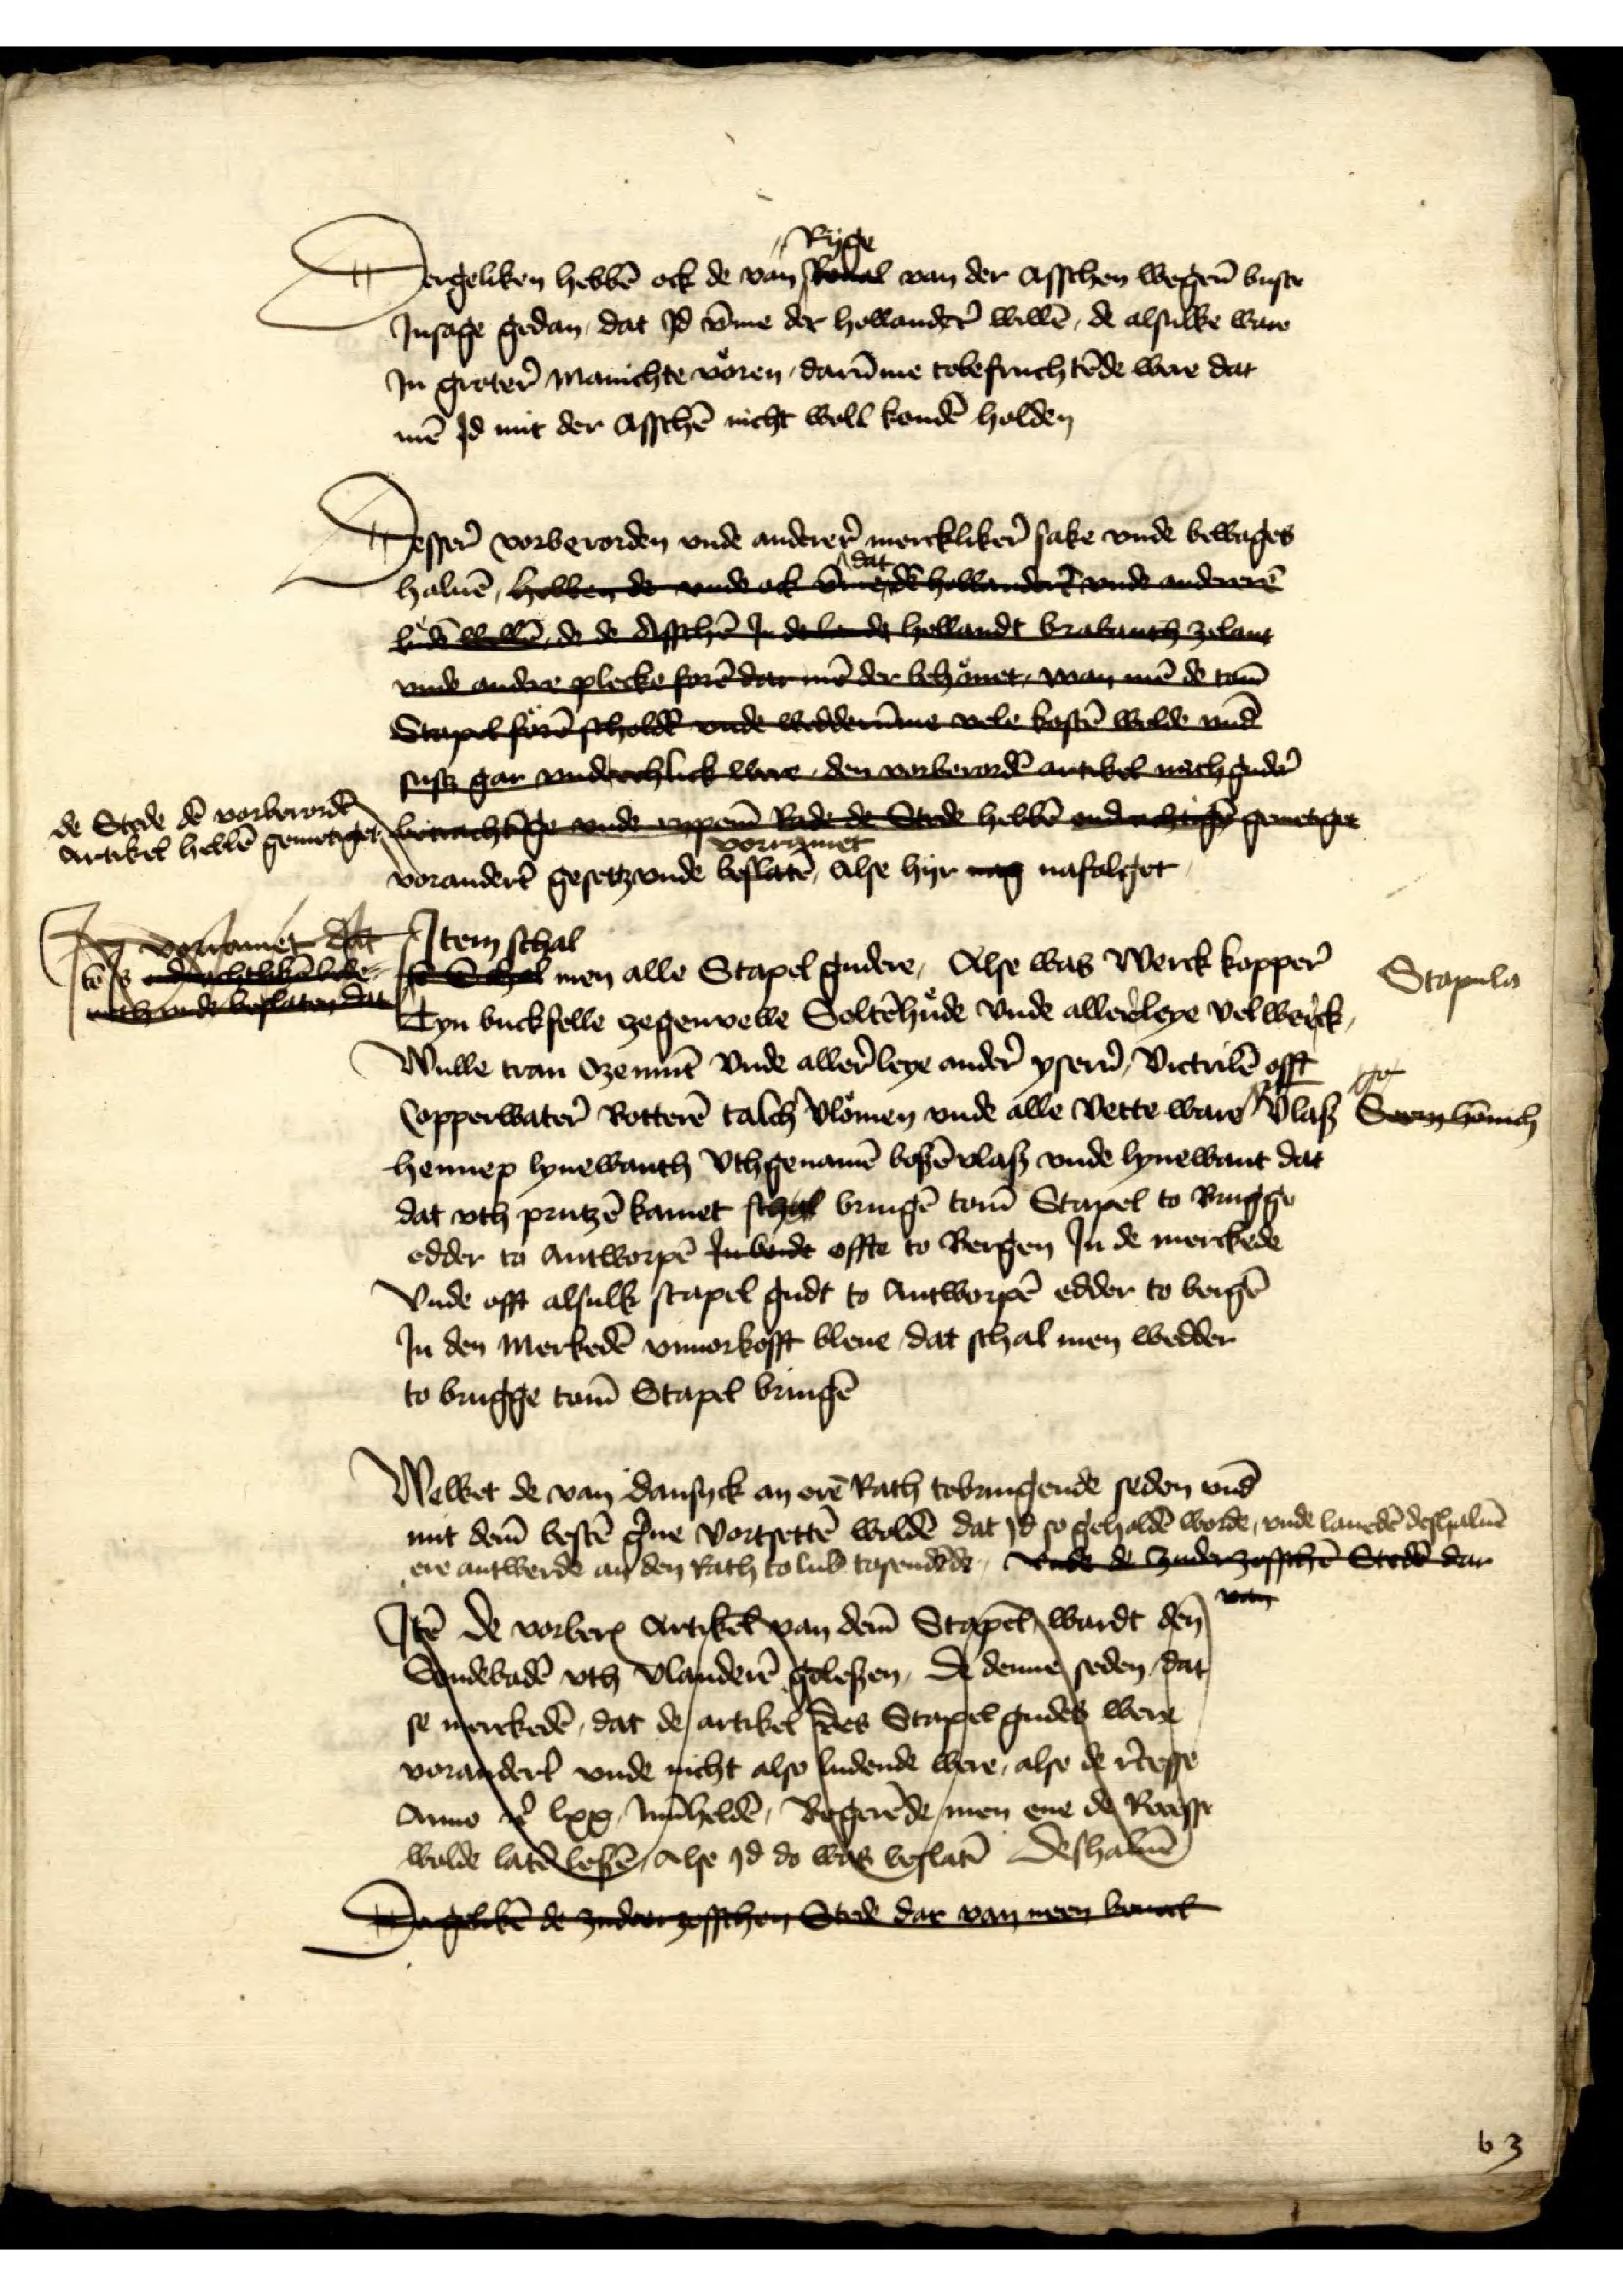
Dergeliken hebbē ock de van Ryge van der asschen wegen̄ vuste
Jnsage gedan, dat Jd v̄me der hollander̉ willē, de alsulke ware
Jn groter̉ manichte voren, darūme tobefruchtēde were dat
mē Jd mit der Asschē nicht woll kondē holdem

Desser vorberorden vnde anderer̉ merckliker̉n sake vnde bewages
Halvē
* vorandert̉ gesetz vnde vorramet Alse hyr naf nafolget

* de Stede dē vorberordē
Artikel hebbē gennetiget

Jtem men alle Stapel gudere, Alse was Werck kopper̉
Tyn buckfelle zegenvelle Soltēhuͤde vnde allereleye vel werck
Wulle tran Ozemūt vnde aller̉ leye ander̉ ysen Victulē offt
Copperwater̉ Rotterē talch vloͤmen vnde alle Vette ware Vlaß
Hennep lynewanth vthgenamē bosē Vlas vnde lynewant dat
dat vth pruntzē kamet sche bringē tom̄ Stapel to Brugge
edder to Antworpē Jnbede offte to Bergen Jn de merckede
vnde offt alsulk stapel gudt to Antworpē edder to Bergē
Jn den Merkedē vnuorkofft bleue, dat schal men wedder
to Brugge tom̄ Stapel bringē

Stapela

Welket de van Dansyck an erē Rath tobringende seden vnd
mit dem̄ bestē g̉ne vorgetē woldē dat id so geholdē worde, vnde lanedē deshaluē
ere antwerde an den Rath to Lub̄ tosendēde
Jtꝷ de vorberꝬ Artike van dem̄ Stap wardt dẻ 
Stndebadē vth Vlanderē gelesen, D denne seden, dat 
se merckedē, dat de artikel des Staggel gudes weren 
voratdert̉ vnde richt also ludende were, also de r̉cesse 
Anno t̉r lxx In Bergerēde, men ene id Recesse 
wolde laddeesē, alse Jd do lans besflar̄ deshalee